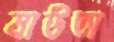
মাউতা